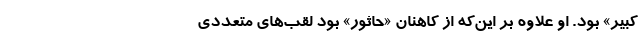
کبیر» بود. او علاوه بر این‌که از کاهنان «حاثور» بود لقب‌های متعددی